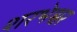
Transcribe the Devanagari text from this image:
शरभेश्वर